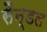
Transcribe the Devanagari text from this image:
सैन्डल